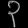
Digit: ၃